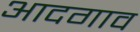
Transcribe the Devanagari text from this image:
आदगाव